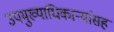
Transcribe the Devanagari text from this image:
उपमुख्याधिकाऱ्यांसह